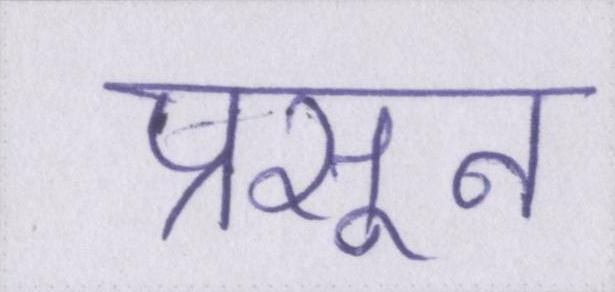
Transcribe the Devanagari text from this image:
प्रसून